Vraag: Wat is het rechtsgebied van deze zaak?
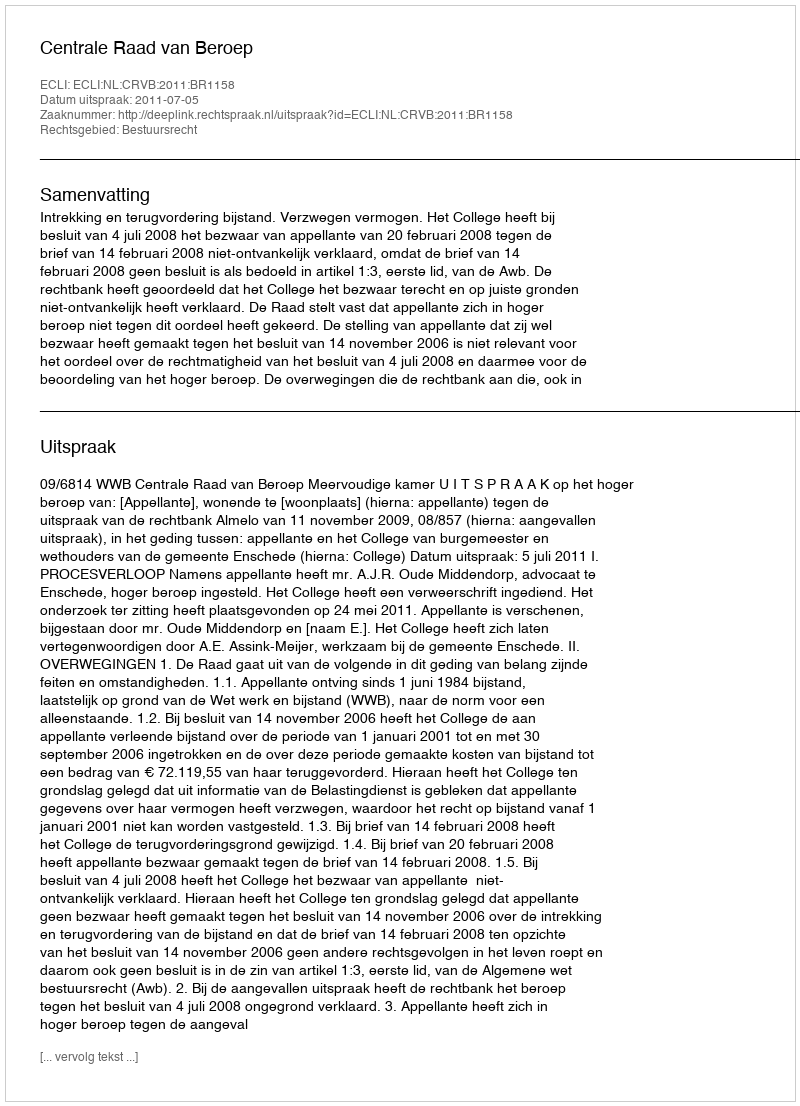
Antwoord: Bestuursrecht